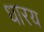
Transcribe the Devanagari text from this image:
धारय